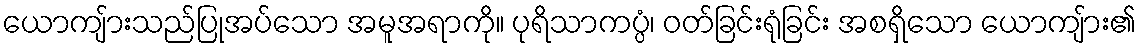
ယောကျ်ားသည်ပြုအပ်သော အမူအရာကို။ ပုရိသာကပ္ပံ၊ ဝတ်ခြင်းရုံခြင်း အစရှိသော ယောကျ်ား၏